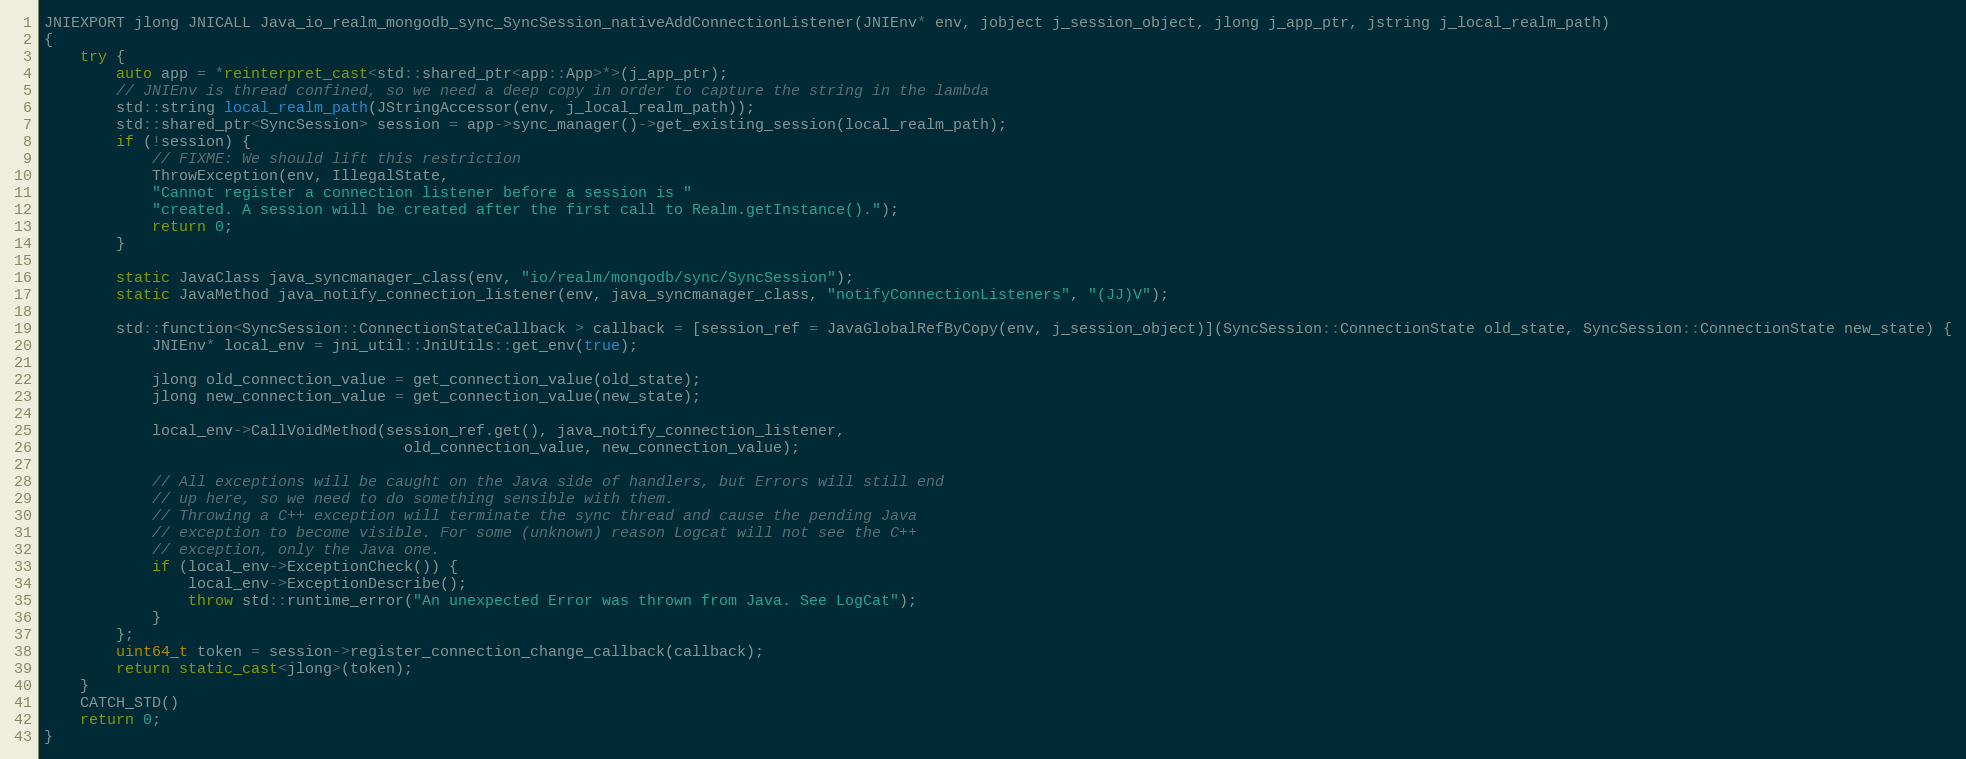
Language: C++
JNIEXPORT jlong JNICALL Java_io_realm_mongodb_sync_SyncSession_nativeAddConnectionListener(JNIEnv* env, jobject j_session_object, jlong j_app_ptr, jstring j_local_realm_path)
{
    try {
        auto app = *reinterpret_cast<std::shared_ptr<app::App>*>(j_app_ptr);
        // JNIEnv is thread confined, so we need a deep copy in order to capture the string in the lambda
        std::string local_realm_path(JStringAccessor(env, j_local_realm_path));
        std::shared_ptr<SyncSession> session = app->sync_manager()->get_existing_session(local_realm_path);
        if (!session) {
            // FIXME: We should lift this restriction
            ThrowException(env, IllegalState,
            "Cannot register a connection listener before a session is "
            "created. A session will be created after the first call to Realm.getInstance().");
            return 0;
        }

        static JavaClass java_syncmanager_class(env, "io/realm/mongodb/sync/SyncSession");
        static JavaMethod java_notify_connection_listener(env, java_syncmanager_class, "notifyConnectionListeners", "(JJ)V");

        std::function<SyncSession::ConnectionStateCallback > callback = [session_ref = JavaGlobalRefByCopy(env, j_session_object)](SyncSession::ConnectionState old_state, SyncSession::ConnectionState new_state) {
            JNIEnv* local_env = jni_util::JniUtils::get_env(true);

            jlong old_connection_value = get_connection_value(old_state);
            jlong new_connection_value = get_connection_value(new_state);

            local_env->CallVoidMethod(session_ref.get(), java_notify_connection_listener,
                                        old_connection_value, new_connection_value);

            // All exceptions will be caught on the Java side of handlers, but Errors will still end
            // up here, so we need to do something sensible with them.
            // Throwing a C++ exception will terminate the sync thread and cause the pending Java
            // exception to become visible. For some (unknown) reason Logcat will not see the C++
            // exception, only the Java one.
            if (local_env->ExceptionCheck()) {
                local_env->ExceptionDescribe();
                throw std::runtime_error("An unexpected Error was thrown from Java. See LogCat");
            }
        };
        uint64_t token = session->register_connection_change_callback(callback);
        return static_cast<jlong>(token);
    }
    CATCH_STD()
    return 0;
}